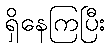
ရှိနေကြပြီး